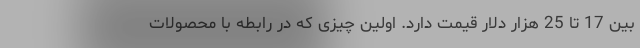
بین 17 تا 25 هزار دلار قیمت دارد. اولین چیزی که در رابطه با محصولات